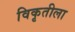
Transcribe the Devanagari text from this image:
विकृतीला